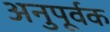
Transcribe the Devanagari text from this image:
अनुपूर्वक